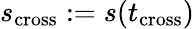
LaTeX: s_{\mathrm{cross}}:=s(t_{\mathrm{cross}})